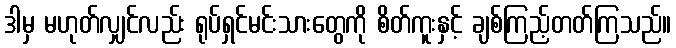
ဒါမှ မဟုတ်လျှင်လည်း ရုပ်ရှင်မင်းသားတွေကို စိတ်ကူးနှင့် ချစ်ကြည့်တတ်ကြသည်။